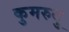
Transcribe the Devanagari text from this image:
कुमरुदु